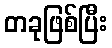
တခုဖြစ်ပြီး